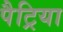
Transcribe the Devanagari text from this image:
पैट्रिया